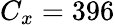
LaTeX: C_{x}=396